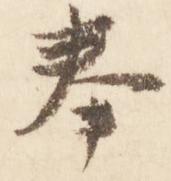
奉